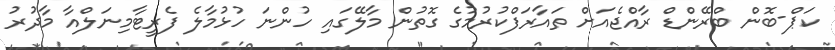
ކަޕް-ބޮން ބްރޭންޑް ރާއްޖެއަށް ތައާރަފްކުރުމުގެ ގޮތުން މާލޭގައި ހުންނަ ހުޅުމާލެ ފެރީޓާމިނަލްއާ މާދުރު